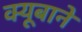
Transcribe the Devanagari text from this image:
क्यूबाने